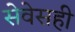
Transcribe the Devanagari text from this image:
सेवेसही